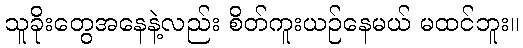
သူခိုးတွေအနေနဲ့လည်း စိတ်ကူးယဉ်နေမယ် မထင်ဘူး။